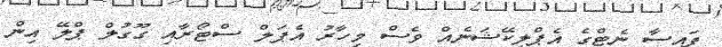
ފައިސާ ނެޓްގެ އެޕްލިކޭޝަނެއް ވެސް މިހާރު އެޕަލް ސްޓޯރާއި ގޫގުލް ޕްލޭ އިން